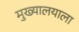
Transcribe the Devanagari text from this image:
मुख्यालयाला